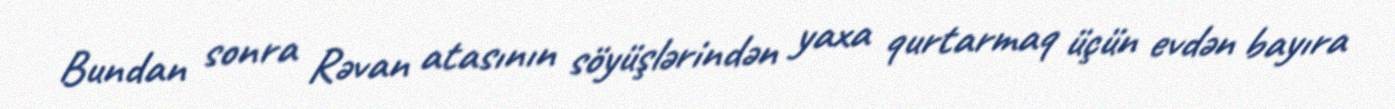
Bundan sonra Rəvan atasının söyüşlərindən yaxa qurtarmaq üçün evdən bayıra